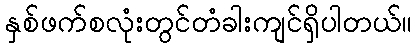
နှစ်ဖက်စလုံးတွင်တံခါးကျင်ရှိပါတယ်။